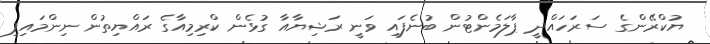
ޔުކްރޭންގެ ސަރަހައްދީ ޕާލަމެންޓުން ބުނެފައި ވަނީ ރަޝިޔާއާ ގުޅެން ކްރިމިއާގެ ރައްޔިތުން ނިންމައިފި